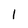
Character: 1